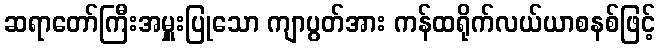
ဆရာတော်ကြီးအမှူးပြုသော ကျာပွတ်အား ကန်ထရိုက်လယ်ယာစနစ်ဖြင့်